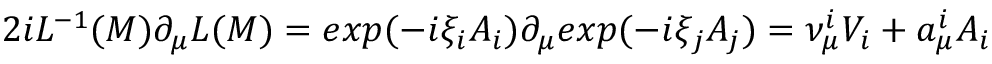
2 i L ^ { - 1 } ( M ) \partial _ { \mu } L ( M ) = e x p ( { - i } \xi _ { i } A _ { i } ) \partial _ { \mu } e x p ( { - i } \xi _ { j } A _ { j } ) = \nu _ { \mu } ^ { i } V _ { i } + a _ { \mu } ^ { i } A _ { i }